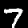
Digit: 7